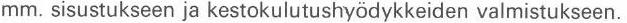
mm. sisustukseen ja kestokulutushyödykkeiden valmistukseen.